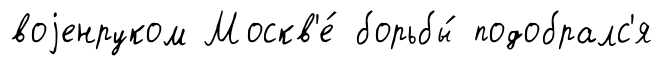
воjенруком Москв'е́ борьбы́ подобралс'я